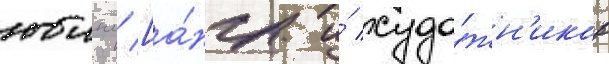
юинг [а́нгл. и́ худо́жн'иков